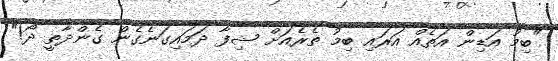
"ބިމު އަޑިން އަތެއް އަރައި ބިމު ތެރެއަށް ޝިފާ ދަމައިގަނެގެން ގެންދާތީ ދޯ!"